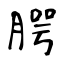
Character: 腭